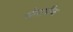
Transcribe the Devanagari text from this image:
चेसापीक